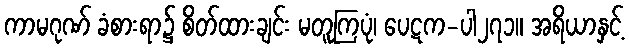
ကာမဂုဏ် ခံစားရာ၌ စိတ်ထားချင်း မတူကြပုံ၊ ပေဋက-ပါ၂၇၁။ အရိယာနှင့်